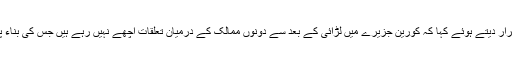
شہباز شریف نے امریکہ اور شمالی کوریا کے سربراہوں کے درمیان ملاقات کو خوش آمدید قرار دیتے ہوئے کہا کہ کورین جزیرے میں لڑائی کے بعد سے دونوں ممالک کے درمیان تعلقات اچھے نہیں رہے ہیں جس کی بناء پر دونوں ایک دوسرے کے خلاف ایٹمی ہتھیار استعمال کرنے کی بھی دھمکی دیتے رہے ہیں۔